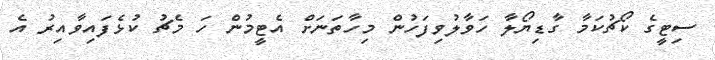
ސިޓީގެ ކޯޗުކަމާ ގާޑިޔޯލާ ހަވާލުވިފަހުން މިހާތަނަށް އެޓީމުން ހަ މެޗު ކުޅެފައިވާއިރު އެ